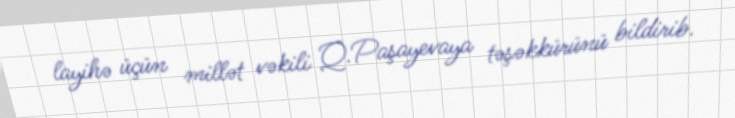
layihə üçün millət vəkili Q.Paşayevaya təşəkkürünü bildirib.